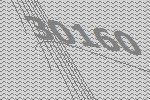
30160